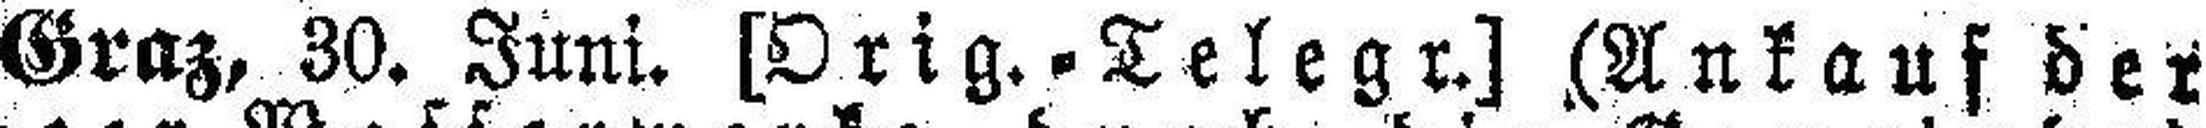
Graz, 30. Juni. [Orig.=Telegr.] (Ankauf der